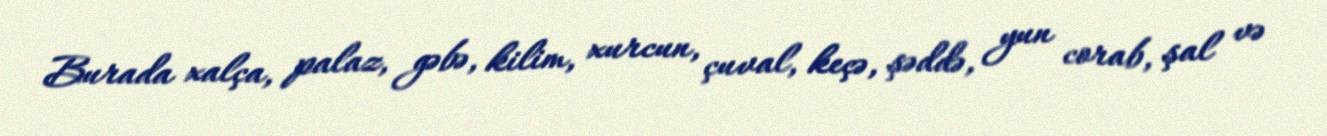
Burada xalça, palaz, gəbə, kilim, xurcun, çuval, keçə, şəddə, yun corab, şal və